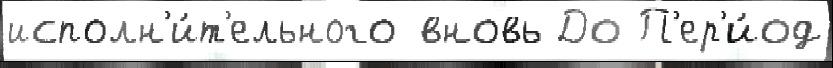
исполн'и́т'ельного вновь До П'ер'и́од